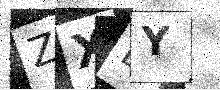
Text: ZXLY